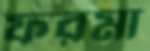
ফরমা